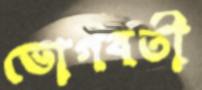
ভোগবতী